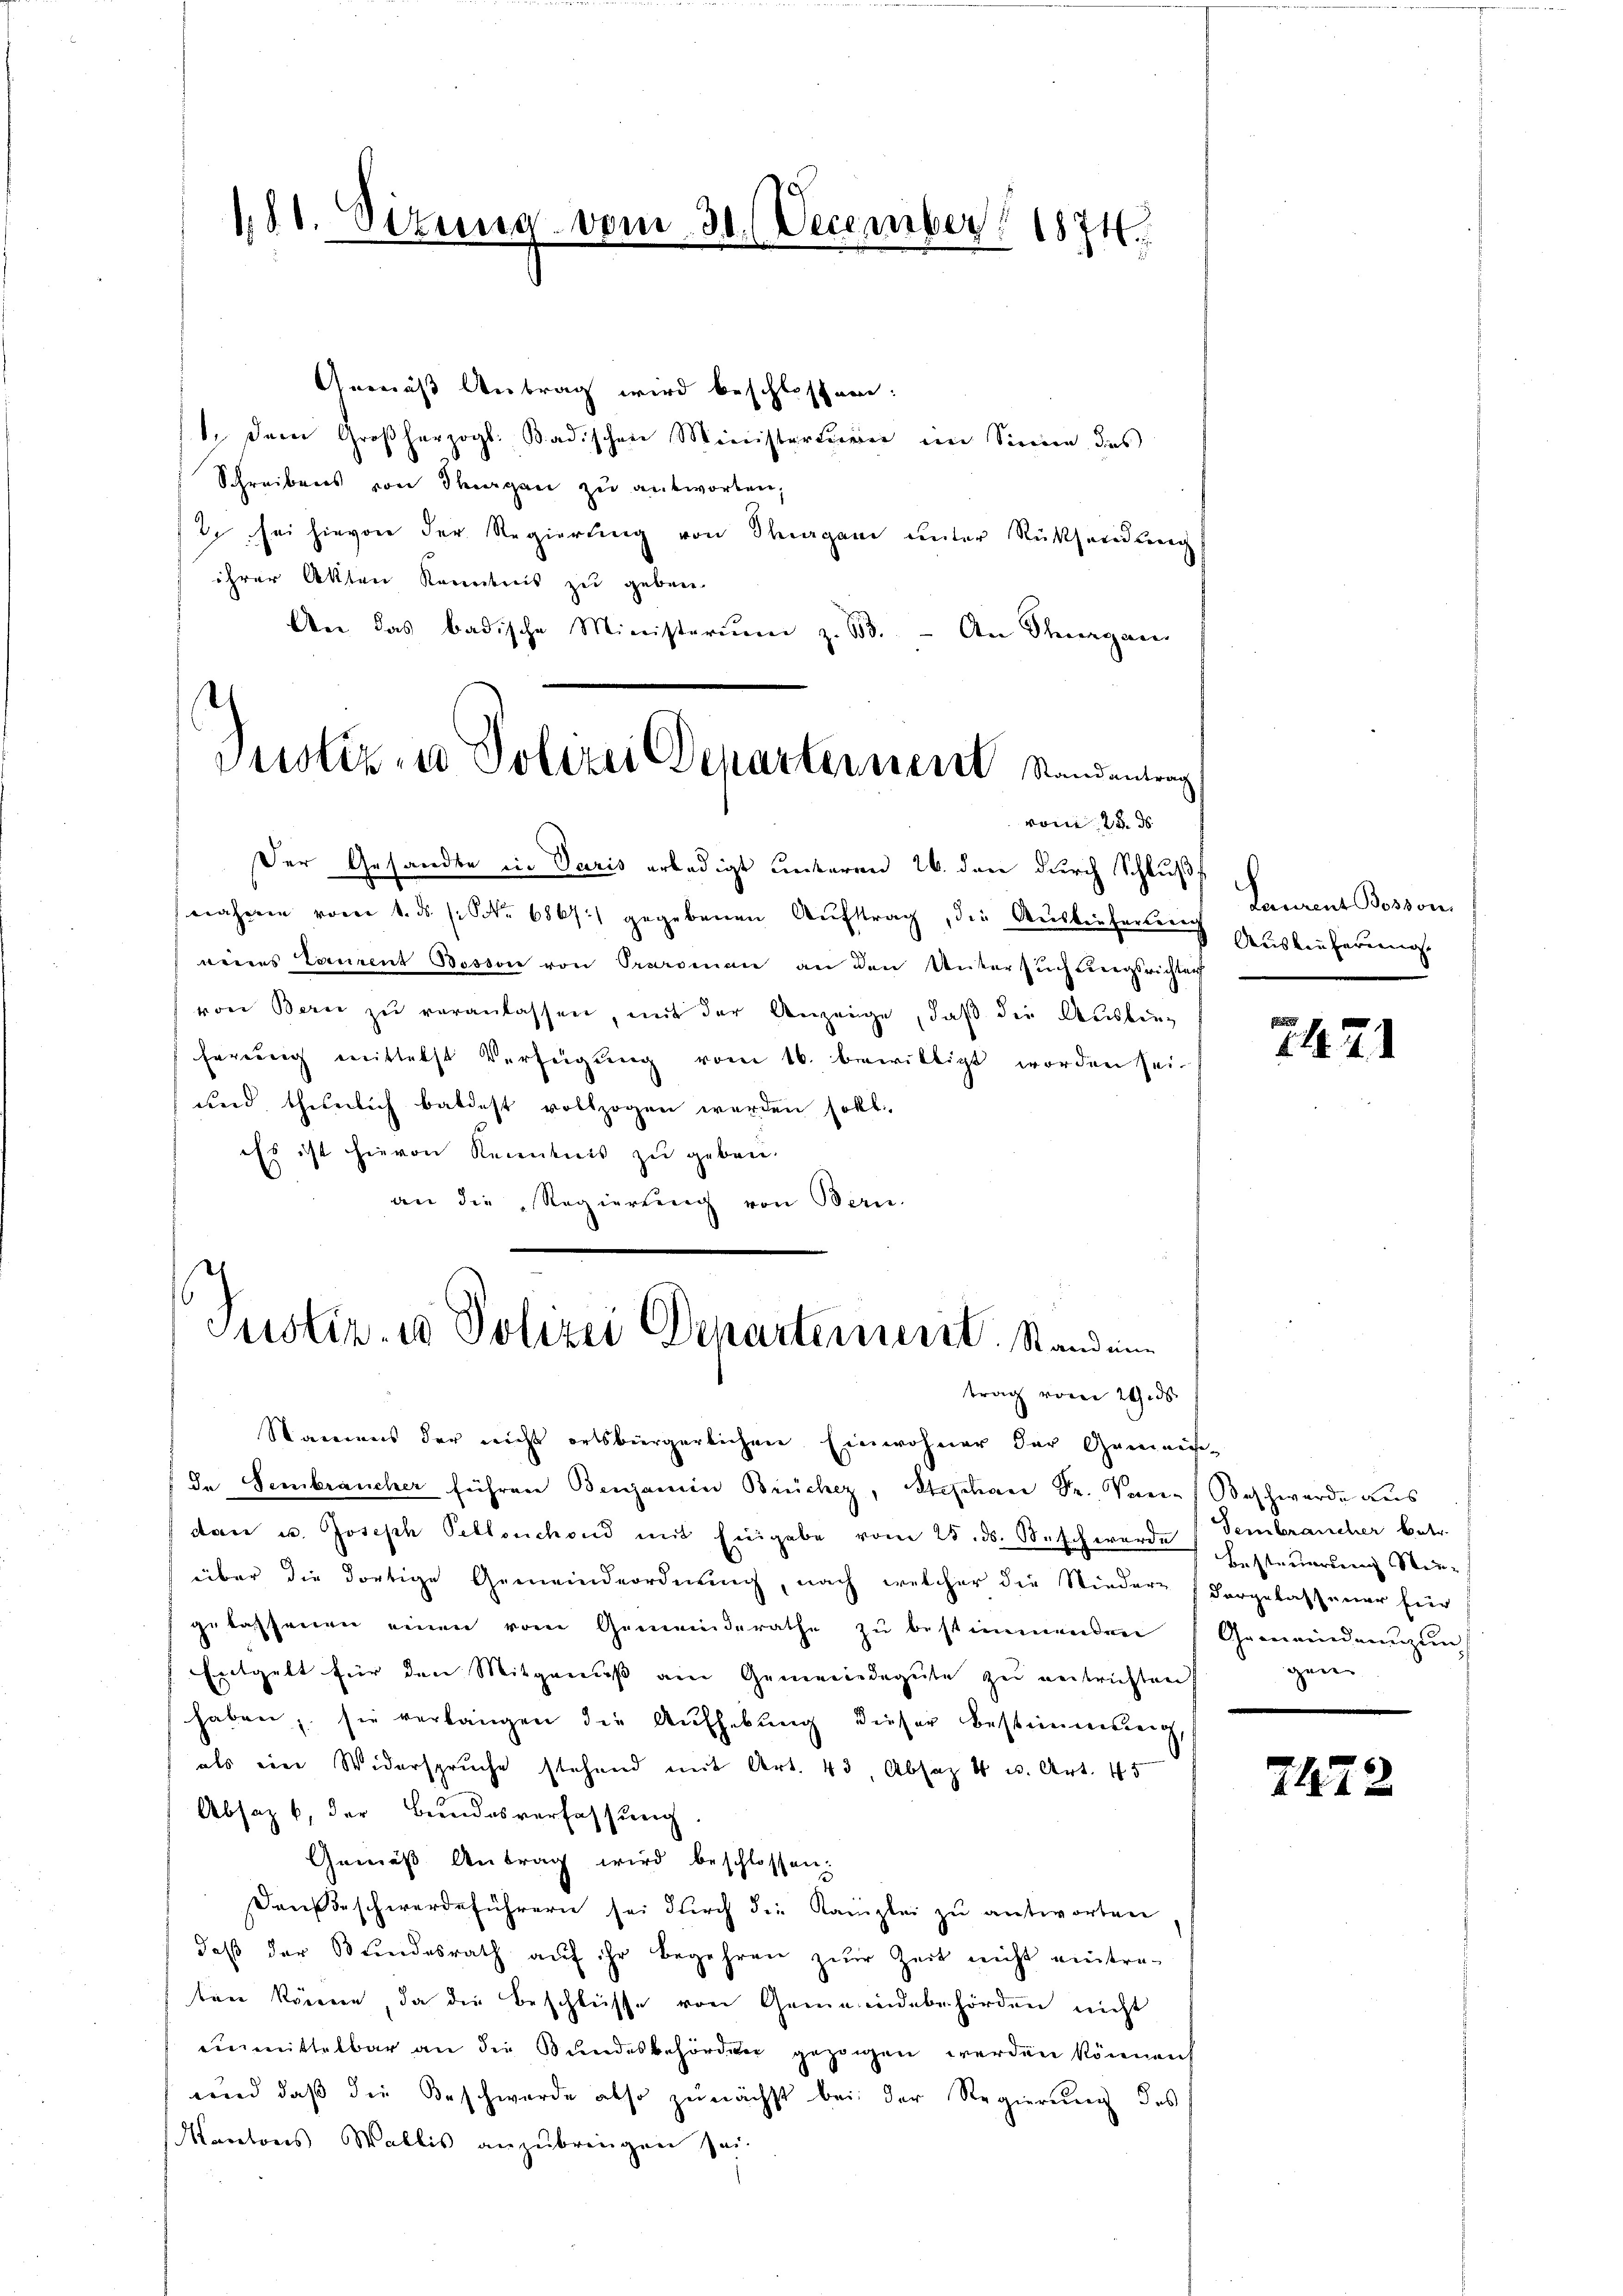
§. 1. Situng vom 30. December 1874.

Justiz- u Polizei Departernere Kandenten
vom 28. ds.

Gemäß Antrag wird beschlossen:
1.) Dem Großherzogl. Badischen Ministerkereier im Sinne des
Schreibens von Thurgau zu antworten,
. sei hievon der Regierung von Thurgani unter Rücksendung
ihrer Akten Kenntnis zu geben.
An das badische Ministerium z. B. - An Thurgau
Der Gesandte in Paris erledigt unteren 26. den durch Schluß
nahmen vom 1. ds. (: St. 6867 gegebenen Auftrag, die Auslieferterech
weines Laurent Bosson von Oraroman an den Untersŭchŭngsrichten
von Bern zŭ veranlassen, mit der Anzeige, daβ die Auslieferung mittelst Verfügung vom 16. bewilligt worden sei.
und thunlich baldest vollzogen werden sollt.
iss ist hievon Kenntnis zu geben.
an die Regierung von Bern.

Justiz- & Polizei Departement. Stand eine
trag vom 24. ds

Namens der nicht ortsbürgerlichen Einwohner der Gemein-
Da Sembraucher führen Benjamin Brücher, Stephan Dr. Von-Beschwerde aus
dan u. Joseph Pellenchoud mit Eingabe vom 25. ds. Neschwerde (Tembraucher betr.
über die dortige Gemeindeordnung, nach welcher die Nieder Vorgelassener für
gelassenen einen vom Gemeinderathe zu bestimmenden Gemeindenzun
Entgelt für den Mitgenuß an Gemeindegute zu entrichten.
haben, sie verlangen die Aufhebung dieser Bestimmung,
als ein Widerspruche stehend mit Art. 43 Absaz 4 u. Art. 45
Absaz b, der Bundesverfassung
Gemäß Antrag wird beschlossen:
Dausbeschwerdeführern sei durch die Kanzlei zu antworten
daβ der Bŭndesrath aŭf ihr begehren zŭr Zeit nicht eintre-
ten könne, da die Beschlüsse von Gemeindebehörden nicht
einmittelbar an die Bundesbehörden gezogen werden können
und daß die Beschwerde also zunächst bei der Regierung des
Kantons Wallis anzubringen sei.

Laurent Bosson
Auskäuferung.

2421

Besterierung in
gen

2472